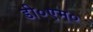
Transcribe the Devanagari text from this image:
डी०एम०